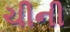
ચીની